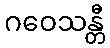
ဂဝေသန္တီ